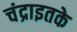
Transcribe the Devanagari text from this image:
चंद्राइतके